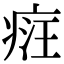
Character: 𤶶